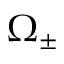
\Omega _ { \pm }